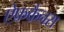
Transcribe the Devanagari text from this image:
ऐ्फ्रकैनस